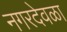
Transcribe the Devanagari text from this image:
नगरदेवळा